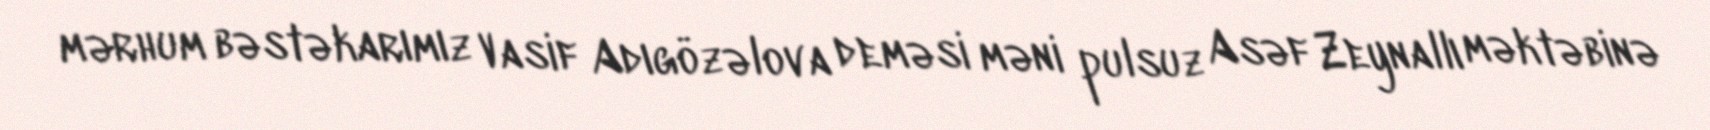
mərhum bəstəkarımız Vasif Adıgözəlova deməsi məni pulsuz Asəf Zeynallı məktəbinə